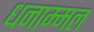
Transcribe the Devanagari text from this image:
धनाम्मल